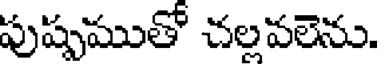
పుష్పముతో చల్లవలెను.